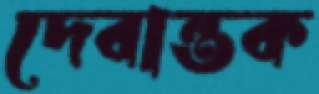
দেবান্তক